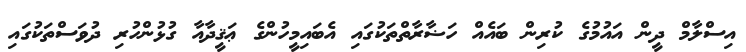
އިސްލާމް ދީން އައުމުގެ ކުރިން ބައެއް ހަޟާރާތްތަކުގައި އެބައިމީހުންގެ ޢަޤީދާއާ ގުޅުންހުރި ދުވަސްތަކުގައި